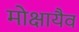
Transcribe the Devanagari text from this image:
मोक्षायैव